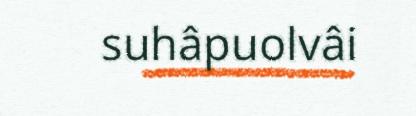
suhâpuolvâi